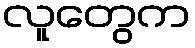
လူတွေက